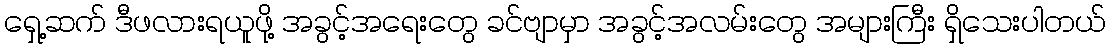
ရှေ့ဆက် ဒီဖလားရယူဖို့ အခွင့်အရေးတွေ ခင်ဗျာမှာ အခွင့်အလမ်းတွေ အများကြီး ရှိသေးပါတယ်